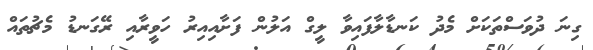
ގިނަ ދުވަސްތަކަށް މެދު ކަނޑާލާފައިވާ ލީގް އަލުން ފަށާއިއިރު ހަވީރާއި ރޭގަނޑު މެޗުތައް